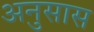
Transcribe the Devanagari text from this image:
अनुसास